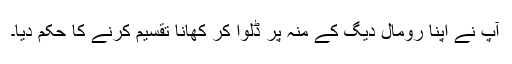
آپ نے اپنا رومال دیگ کے منہ پر ڈلوا کر کھانا تقسیم کرنے کا حکم دیا۔